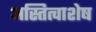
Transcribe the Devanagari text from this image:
अस्तित्वाशेष